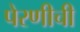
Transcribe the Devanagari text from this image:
पेरणीची